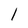
Character: l